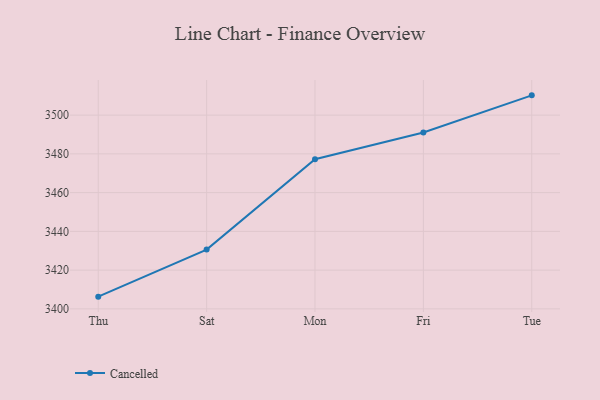
{"axis": {"x": "Day", "y": "Satisfaction Score"}, "legend": ["Cancelled"], "data": [{"x": "Thu", "y": 3406.3, "type": "Cancelled"}, {"x": "Sat", "y": 3430.6, "type": "Cancelled"}, {"x": "Mon", "y": 3477.2, "type": "Cancelled"}, {"x": "Fri", "y": 3491.0, "type": "Cancelled"}, {"x": "Tue", "y": 3510.2, "type": "Cancelled"}]}